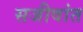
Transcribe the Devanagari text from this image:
सजीवांत